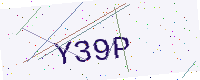
Text: Y39P